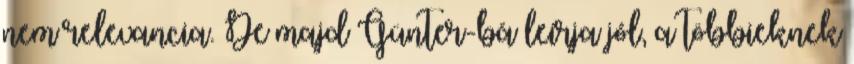
nem relevancia. De majd Günter-bá leírja jól, a többieknek